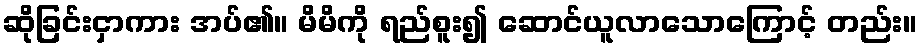
ဆိုခြင်းငှာကား အပ်၏။ မိမိကို ရည်စူး၍ ဆောင်ယူလာသောကြောင့် တည်း။